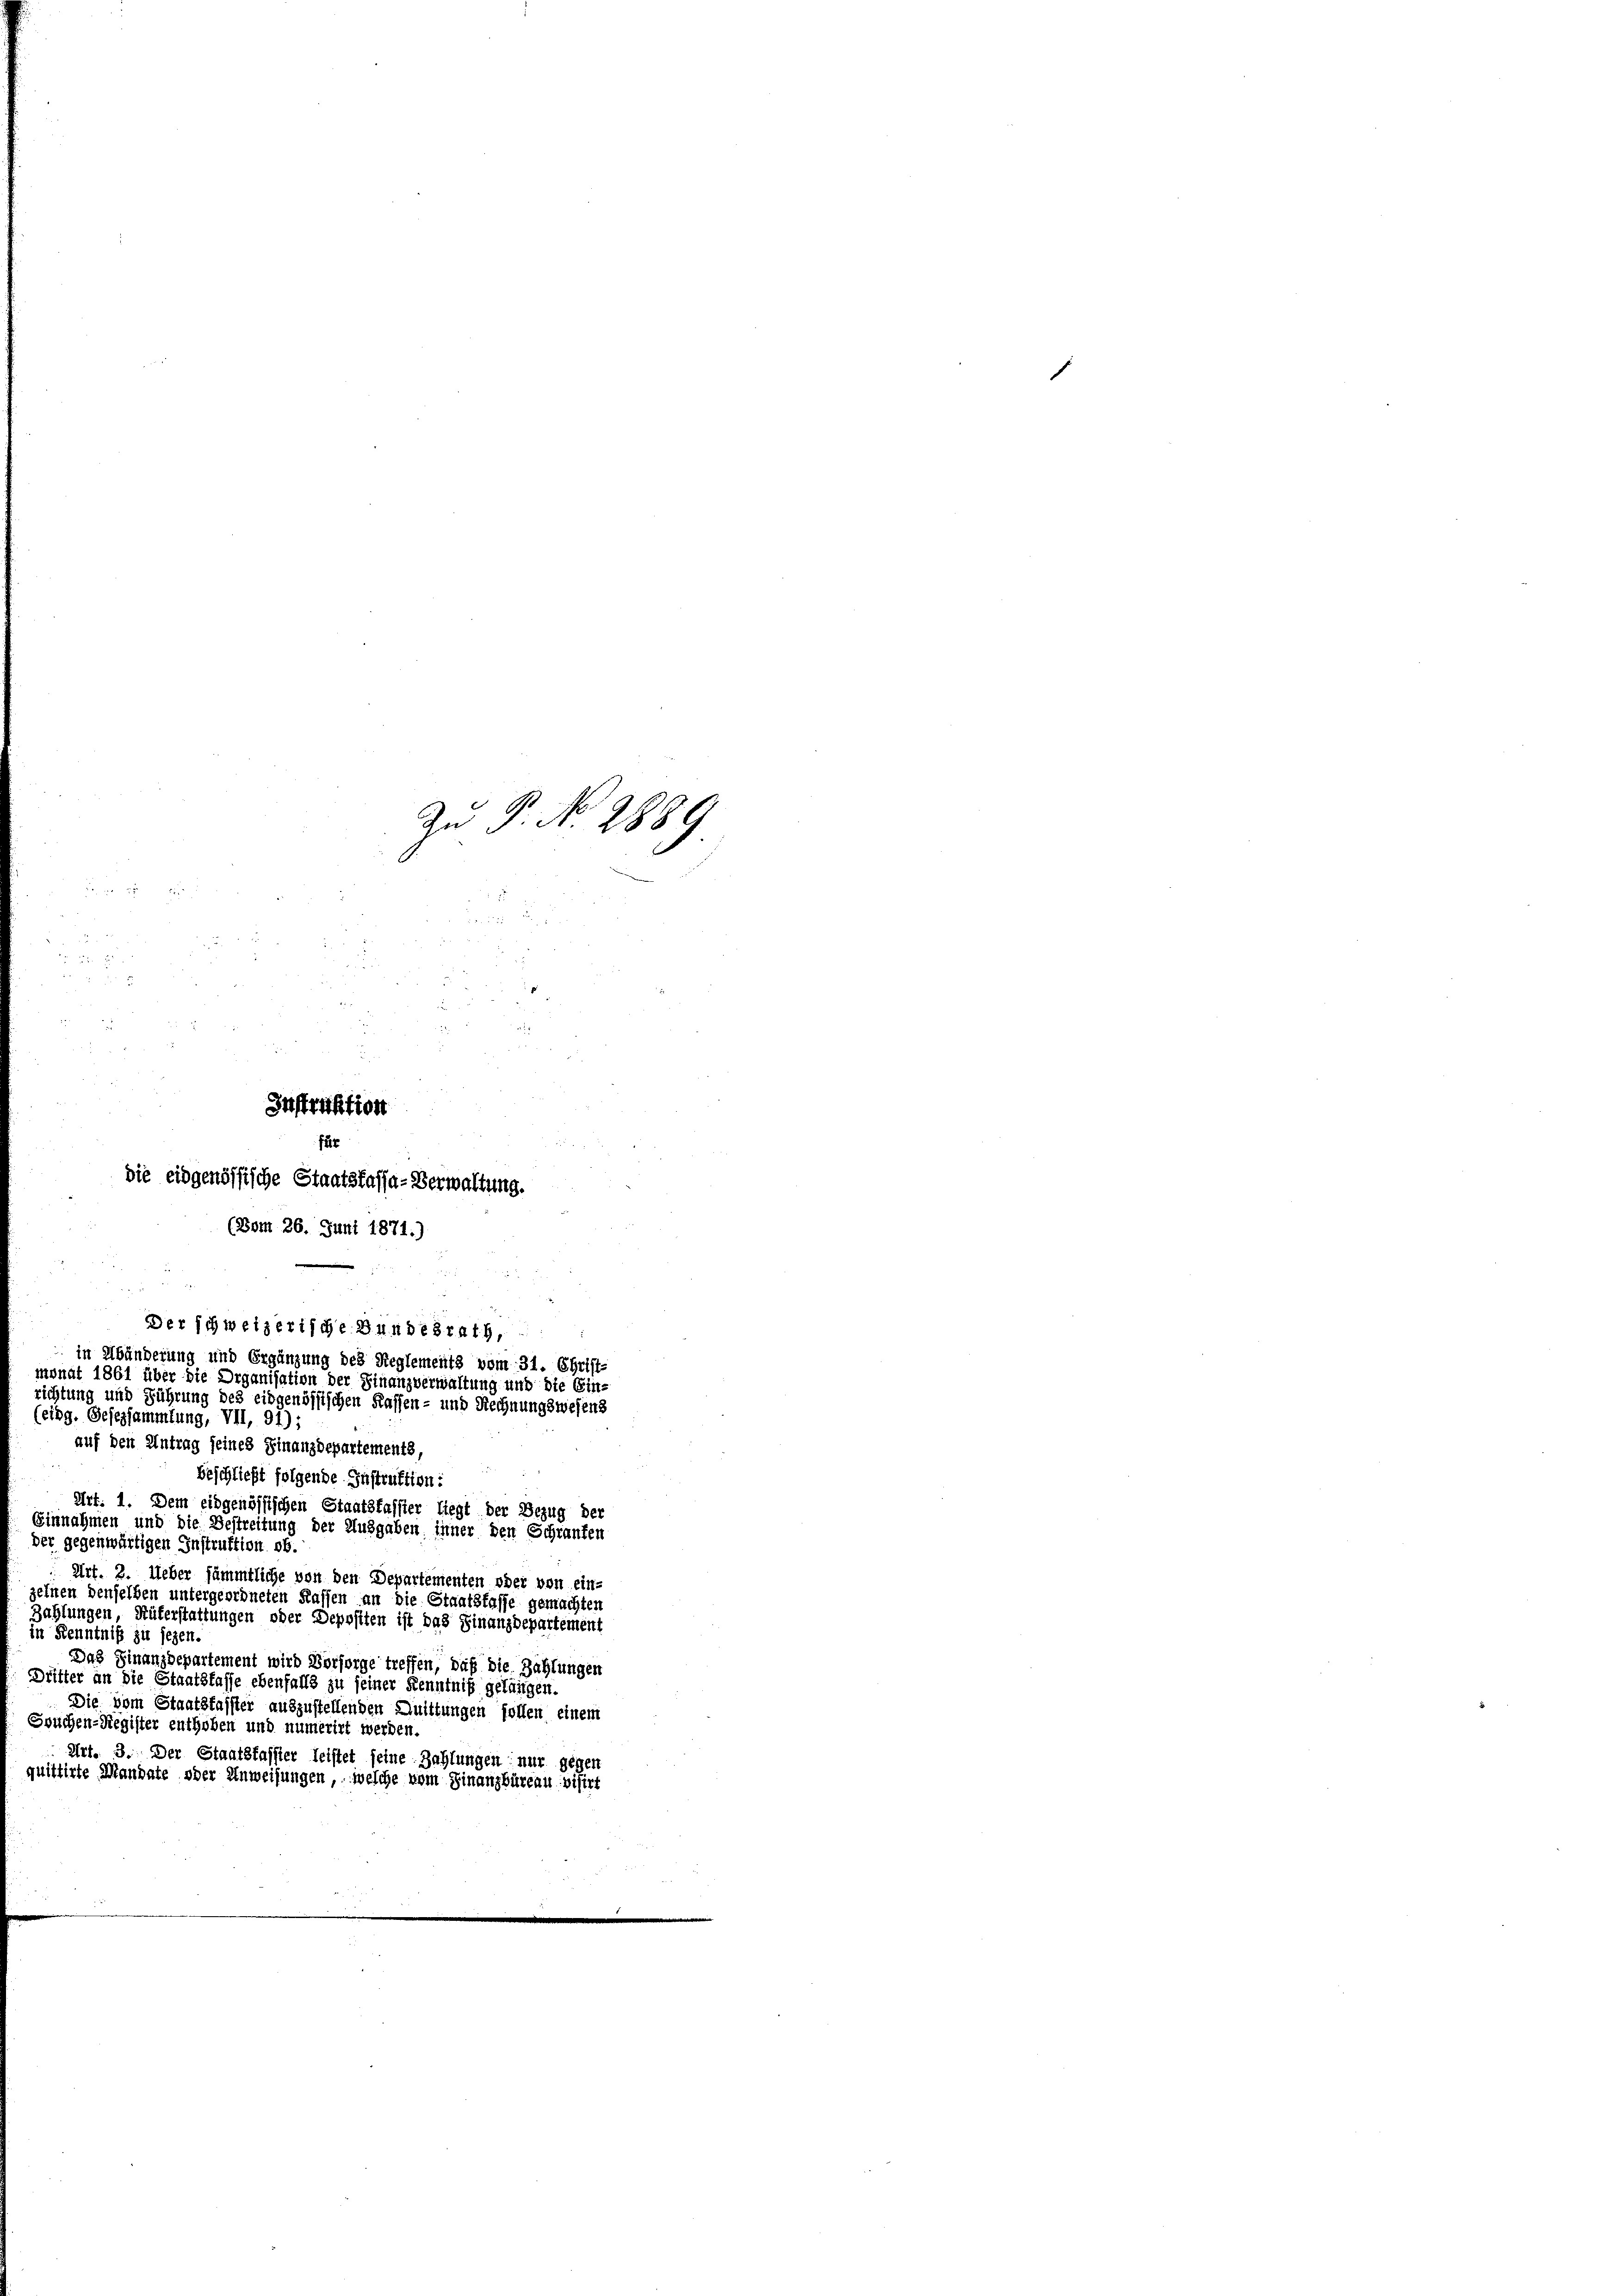
Zn S. S. 2889
e

für
die eidgenössische Staatskassa-Verwaltung.
(Bom 26. Juni 1871.)

Instruktion

Beschließt folgende Instruktion:
Art. 1. Dem eidgenössischen Staatskassier liegt der Bezug der
Einnahmen und die Bestreitung der Ausgaben inner den Schranken
der gegenwärtigen Instruktion ob.
Art. 2. Ueber sämmtliche von den Departementen oder von ein-
zelnen denselben untergeordneten Klassen an die Staatsfasse gemachten
Zahlungen, Rüterstattungen oder Depositen ist das Finanzdepartement
in Kenntniß zu sezen.
Das Finanzdepartement wird Vorsorge treffen, daß die Zahlungen
Dritter an die Staatsfasse ebenfalls zu seiner Kenntniß gelängen.
Die vom Staatsfasster auszustellenden Quittungen sollen einem
Souchen-Register enthoben und numerirt werden.
Art. 3. Der Staatskassier leistet seine Zahlungen nur gegen
quittirte Mandate oder Anweisungen, welche vom Finanzbüreau visirt

i
Der schweizerische Bundesrath,
in Abänderung und Ergänzung des Reglements vom 31. Christ-
monat 1861 über die Organisation der Finanzverwaltung und die Ein-
richtung und Führung des eidgenössischen Kassen- und Rechnungswesens
(eidg. Gesezsammlung, VII, 91);
auf den Antrag seines Finanzdepartements,